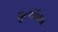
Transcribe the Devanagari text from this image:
बुल्गॅनिन